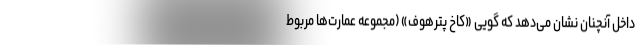
داخل آنچنان نشان می‌دهد که گویی «کاخ پترهوف» (مجموعه عمارت‌ها مربوط